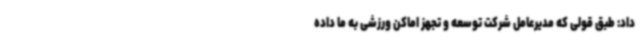
داد: طبق قولی که مدیرعامل شرکت توسعه و تجهز اماکن ورزشی به ما داده